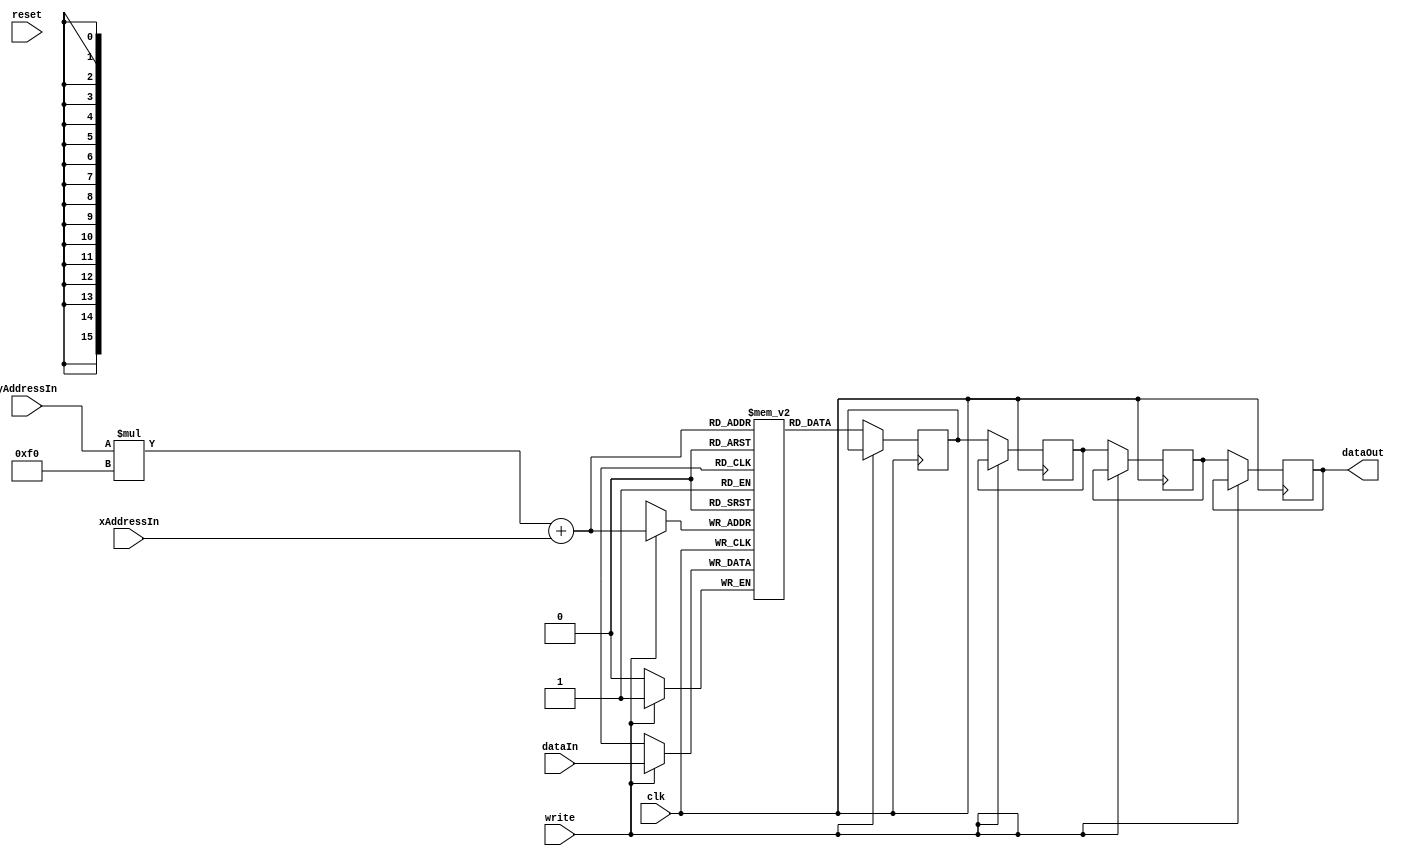
///////////////////////////////////////////////////////////////////////////////////////////////////
// Company: <Name>
//
// File history:
//      <Revision number>: <Date>: <Comments>
//      <Revision number>: <Date>: <Comments>
//      <Revision number>: <Date>: <Comments>
//
// Description: 
//
// <Description here>
//
// Targeted device: <Family::IGLOO2> <Die::M2GL090T> <Package::484 FBGA>
//
/////////////////////////////////////////////////////////////////////////////////////////////////// 

//`timescale <time_units> / <precision>

module flatMem ( 
	input clk, 
	input reset,
	input [7:0] xAddressIn,
	input [7:0] yAddressIn, 
	input dataIn, 
	input write,
	output reg dataOut 
	);

localparam IMWIDTH = 240;
localparam IMHEIGHT = 180;

//Image RAM
reg imageArray [0:IMWIDTH*IMHEIGHT - 1];    // synthesis syn_ramstyle = block_ram
//reg [15:0] addressReg

wire [15:0] flatAddress;
assign flatAddress = yAddressIn*IMWIDTH + xAddressIn;   //Convert the x,y address to a 1D memaddress

/*initial begin 
	 integer i;
    for(i = 0; i < IMWIDTH*IMHEIGHT; i = i+1) begin
        imageArray[i] = 1'b0;
    end
end*/

reg dataDelay1, dataDelay2, dataDelay3;

always @ (posedge clk) begin
    if (write) begin
        imageArray[flatAddress] <= dataIn;
    end
    else begin
        dataDelay1 <= imageArray[flatAddress];
		  dataDelay2 <= dataDelay1;
		  dataDelay3 <= dataDelay2;
		  dataOut <= dataDelay3;
    end
end

endmodule